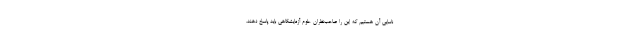
ناسایی آن هستیم که این را صاحب‌نظران علوم آزمایشگاهی باید پاسخ دهند،